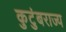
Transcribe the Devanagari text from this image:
कुटुंबराज्य